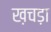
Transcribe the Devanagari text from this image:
ख़चड़ा